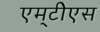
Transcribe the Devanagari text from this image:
एम्‌टीेएस